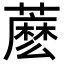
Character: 𧀋